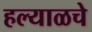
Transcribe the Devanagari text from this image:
हल्याळचे